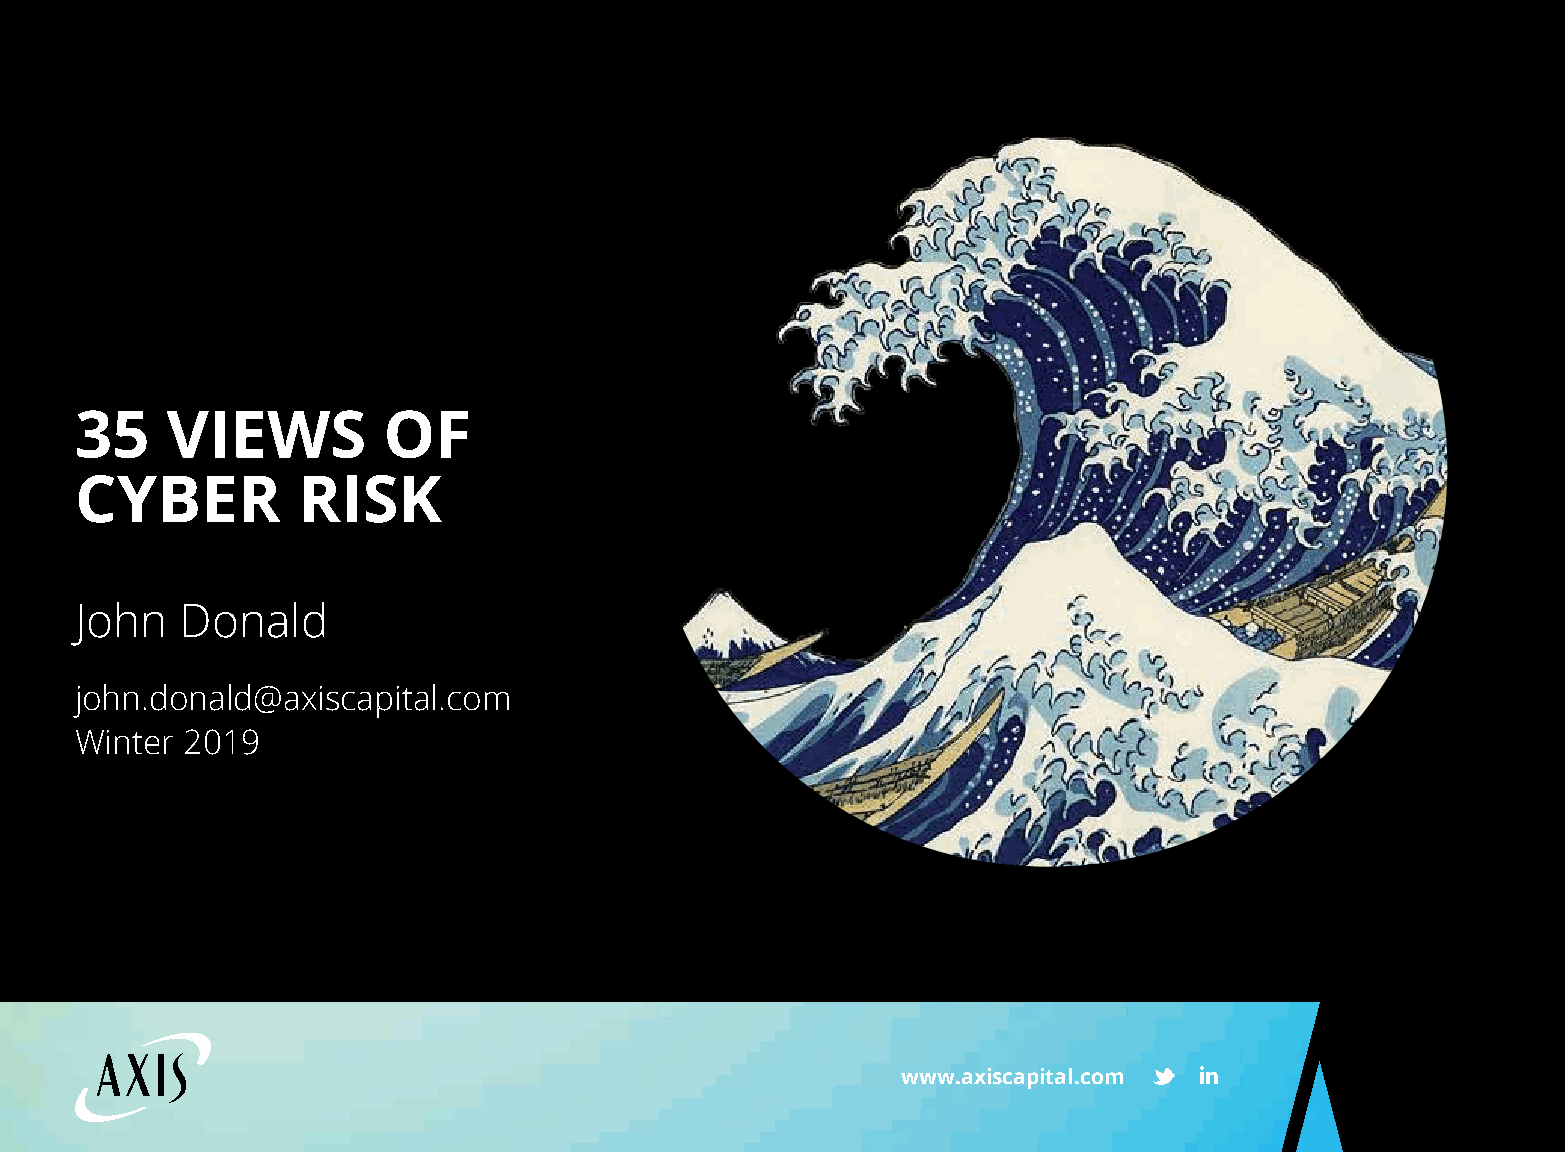
35    VIEWS         OF
 CYBER          RISK
 John   Donald
 john.donald@axiscapital.com
 Winter 2019
 www.axiscapital.com